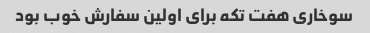
سوخاری هفت تکه برای اولین سفارش خوب بود